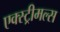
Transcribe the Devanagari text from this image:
एक्स्ट्रीमल्स